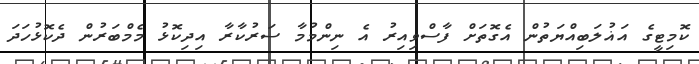
ކޮމިޓީގެ އަޣުލަބިއްޔަތުން އެގޮތަށް ފާސްވިއިރު އެ ނިންމުމާ ސަރުކާރާ އިދިކޮޅު މެމްބަރުން ދެކޮޅުހަދަ